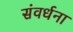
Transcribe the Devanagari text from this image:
संवर्धना